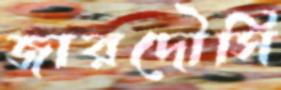
জারদৌসি